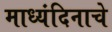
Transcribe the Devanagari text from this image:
माध्यंदिनाचे